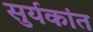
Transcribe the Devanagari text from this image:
सुर्यकांत